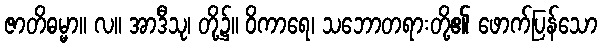
ဇာတိဓမ္မာ။ လ။ အာဒီသု၊ တို့၌။ ဝိကာရေ၊ သဘောတရားတို့၏ ဖောက်ပြန်သော